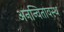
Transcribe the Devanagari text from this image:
अनन्वितावस्थ